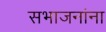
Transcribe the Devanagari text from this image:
सभाजनांना